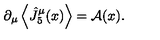
\partial _ { \mu } \left\langle \hat { J } _ { 5 } ^ { \mu } ( x ) \right\rangle = { \cal A } ( x ) .